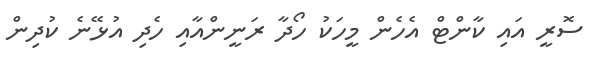
ސޮރީ އައި ކާންޓް އެހެން މީހަކު ހޯދާ ރަނީންއާއި ހެދި އުޅޭނެ ކުދިން